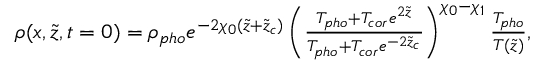
\begin{array} { r } { \rho ( x , \tilde { z } , t = 0 ) = \rho _ { p h o } e ^ { - 2 \chi _ { 0 } ( \tilde { z } + \tilde { z } _ { c } ) } \left( \frac { T _ { p h o } + T _ { c o r } e ^ { 2 \tilde { z } } } { T _ { p h o } + T _ { c o r } e ^ { - 2 \tilde { z } _ { c } } } \right) ^ { \chi _ { 0 } - \chi _ { 1 } } \frac { T _ { p h o } } { T ( \tilde { z } ) } , } \end{array}